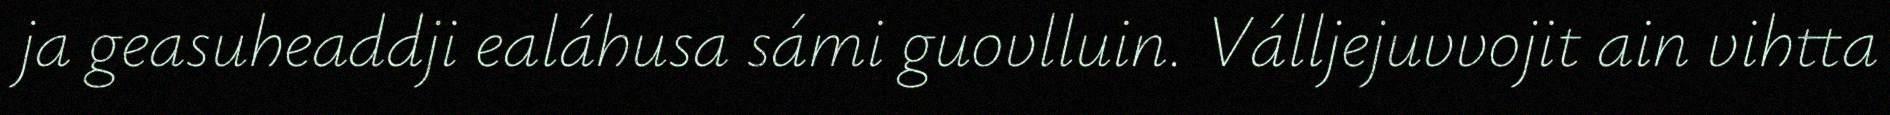
ja geasuheaddji ealáhusa sámi guovlluin. Válljejuvvojit ain vihtta